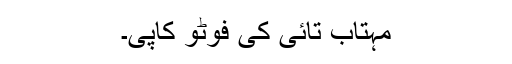
مہتاب تائی کی فوٹو کاپی۔